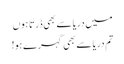
میں دریا سے بھی ڈرتا ہوں
تم دریا سے بھی گہرے ہو!